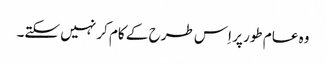
وہ عام طور پر اِس طرح کے کام کر نہیں سکتے۔